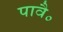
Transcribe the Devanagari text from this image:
पावै॰